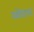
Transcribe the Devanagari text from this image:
खोंघापत